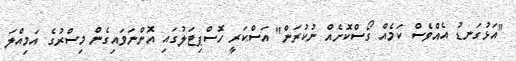
"އަޅުގަނޑު އެއްވެސް ކަމެއް ގޯސްކޮށެއް ނުކުރަން" އަސްކަރީ ހޮސްޕިޓަލުގައި އޮންނަވައިގެން މިސްރުގެ އަމިއްލަ